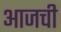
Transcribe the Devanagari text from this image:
अाजची